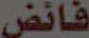
فائض